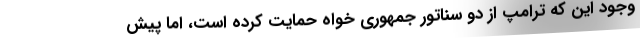
وجود این که ترامپ از دو سناتور جمهوری خواه حمایت کرده است، اما پیش